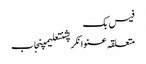
فیس بک
متعلقہ عنوانکرپشنتعلیمپنجاب